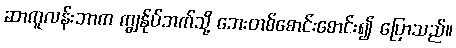
ဆာကူလန်းဘာက ကျွန်ုပ်ဘက်သို့ ဘေးတစ်စောင်းစောင်း၍ ပြောသည်။